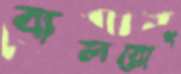
বালরোগ